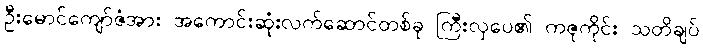
ဦးမောင်ကျော်ဇံအား အကောင်းဆုံးလက်ဆောင်တစ်ခု ကြီးလှပေ၏ ကဇုကိုင်း သတိချပ်